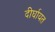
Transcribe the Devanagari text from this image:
दीर्घायत